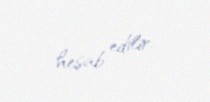
hesab edilir.